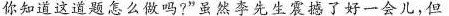
你知道这道题怎么做吗？"虽然李先生震撼了好一会儿，但